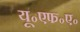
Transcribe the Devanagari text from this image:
यू॰एफ॰ए॰